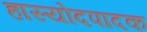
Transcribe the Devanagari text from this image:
हास्योदपादक